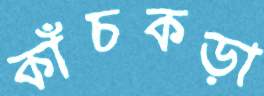
কাঁচকড়া